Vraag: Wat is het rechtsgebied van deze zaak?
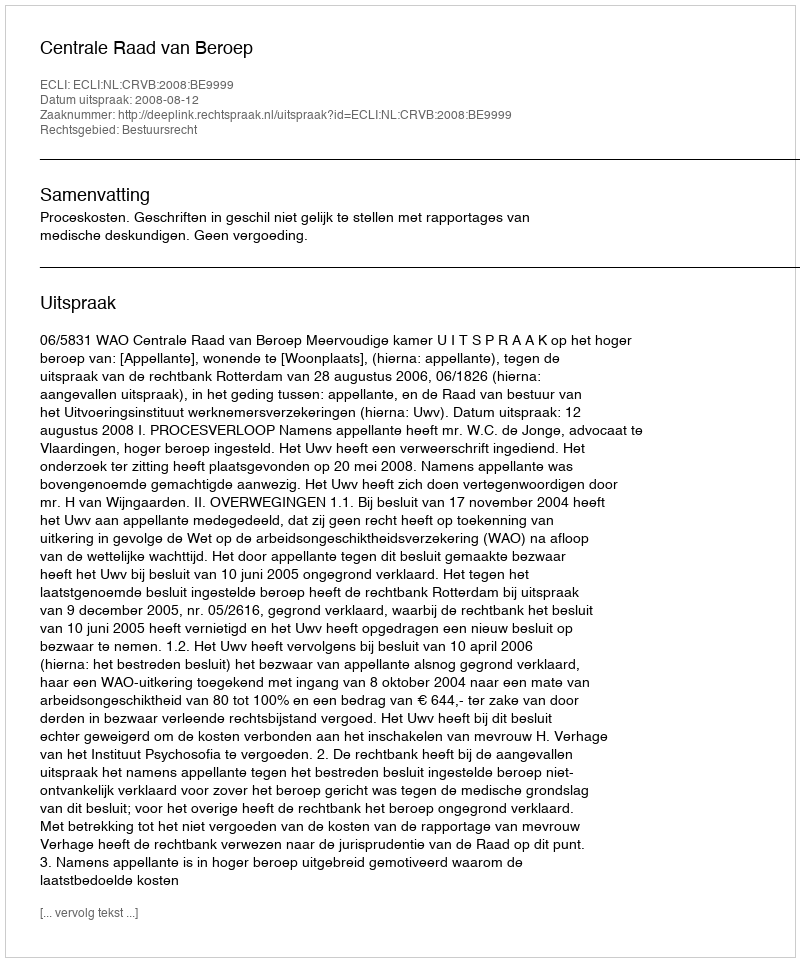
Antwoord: Bestuursrecht